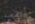
أتقصد